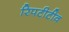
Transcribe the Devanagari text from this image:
रिपटीटीव